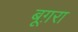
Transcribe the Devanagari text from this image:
बूग़रा